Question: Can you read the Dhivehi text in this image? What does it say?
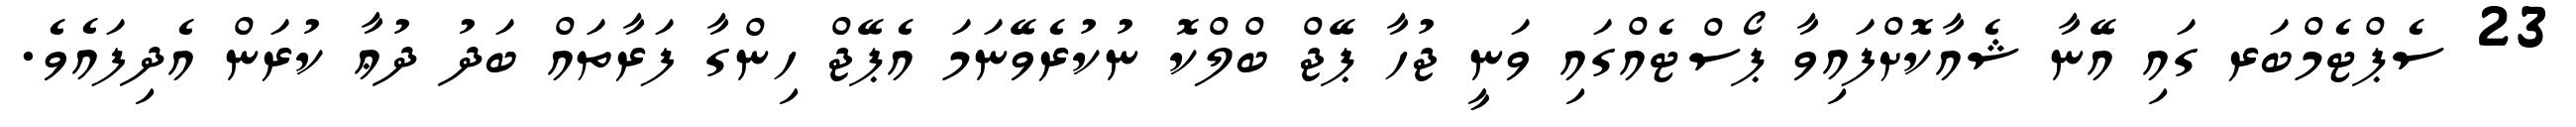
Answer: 23 ސެޕްޓެމްބަރ ގައި އޭނާ ޝެއާކޮށްފައިވާ ޕޯސްޓެއްގައި ވަނީ ޖުހާ ޕޭޖް ބްލްކޮ ނުކުރެވޭނަމަ އެޕޭޖް ހިންގާ ފަރާތައް ބަދު ދުޢާ ކުރަން އެދިފައެވެ.